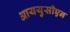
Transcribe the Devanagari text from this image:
आययुसीएन